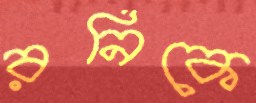
রনিকে